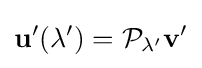
\mathbf {u} '(\lambda ')={\mathcal {P}}_{\lambda '}\mathbf {v} '